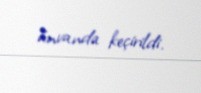
ünvanda keçirildi.